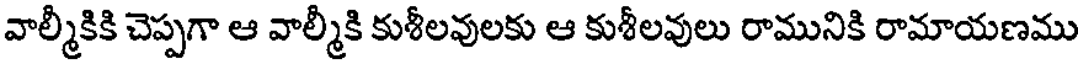
వాల్మీకికి చెప్పగా ఆ వాల్మీకి కుశీలవులకు ఆ కుశీలవులు రామునికి రామాయణము